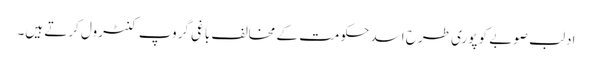
ادلب صوبے کو پوری طرح اسد حکومت کے مخالف باغی گروپ کنٹرول کرتے ہیں۔